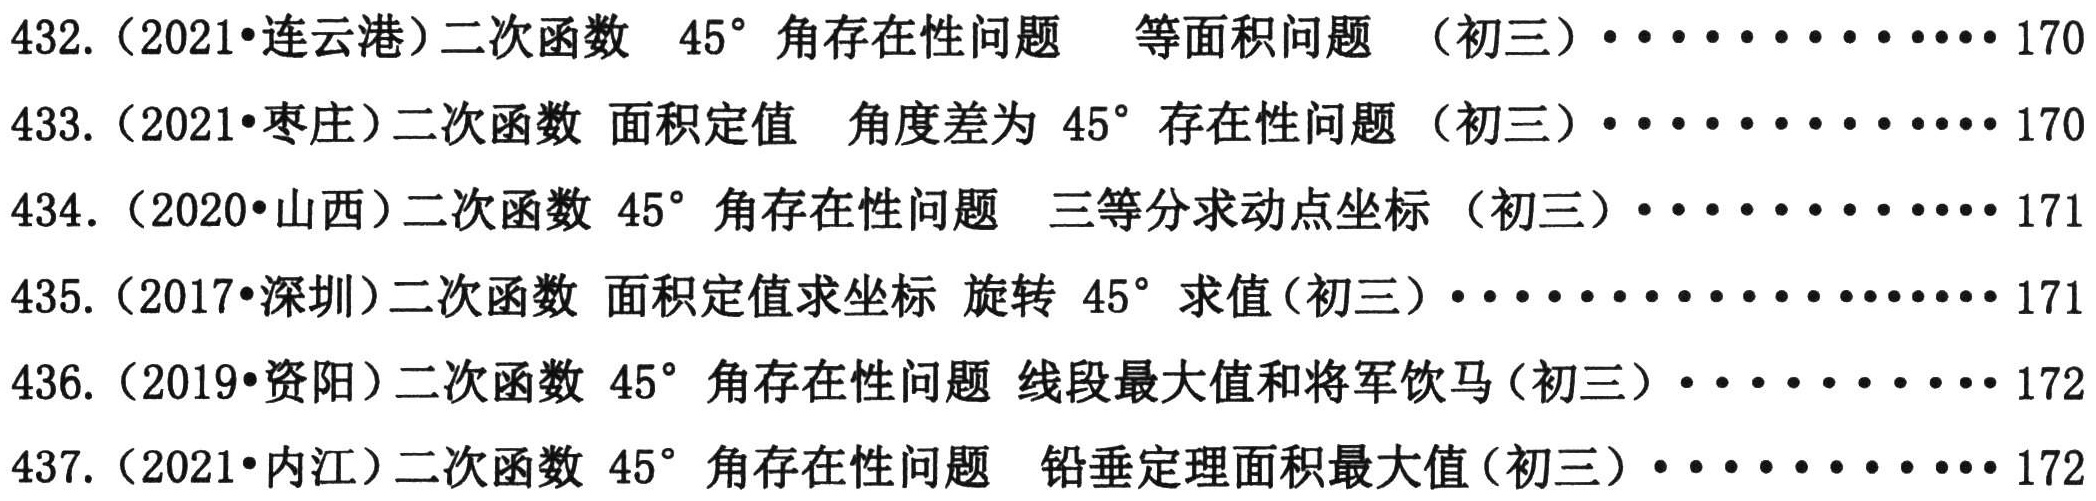
432.（2021•连云港）二次函数 \(45^{\circ}\) 角存在性问题  等面积问题 （初三）············ 170
433.（2021•枣庄）二次函数 面积定值  角度差为 \(45^{\circ}\) 存在性问题 （初三）············ 170
434.（2020•山西）二次函数 \(45^{\circ}\) 角存在性问题  三等分求动点坐标 （初三）············ 171
435.（2017•深圳）二次函数 面积定值求坐标 旋转 \(45^{\circ}\) 求值（初三）················ 171
436.（2019•资阳）二次函数 \(45^{\circ}\) 角存在性问题 线段最大值和将军饮马（初三）············ 172
437.（2021•内江）二次函数 \(45^{\circ}\) 角存在性问题  铅垂定理面积最大值（初三）············ 172